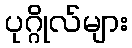
ပုဂ္ဂိုလ်များ